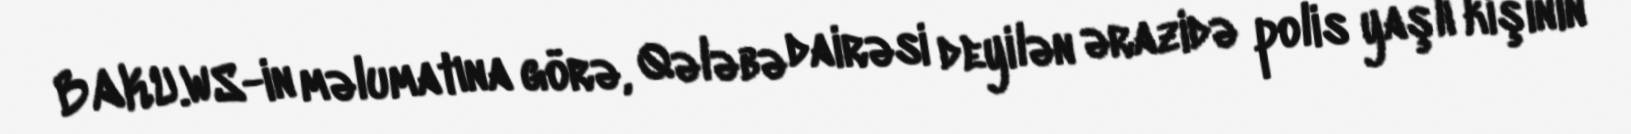
BAKU.WS-in məlumatına görə, Qələbə dairəsi deyilən ərazidə polis yaşlı kişinin